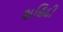
શહિદી